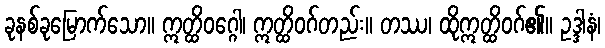
ခုနစ်ခုမြောက်သော။ ဣတ္ထိဝဂ္ဂေါ၊ ဣတ္ထိဝဂ်တည်း။ တဿ၊ ထိုဣတ္ထိဝဂ်၏။ ဥဒ္ဒါနံ၊